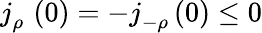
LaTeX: j_{\rho}^{\mathrm{~\, ~}}\left(0\right)=-j_{-\rho}^{\mathrm{~\, ~}}\left(0\right)\leq 0